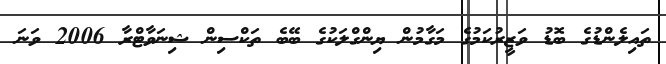
ތައިލެންޑުގެ ބޮޑު ވަޒީރުކަމުގެ މަގާމުން ޔިންގްލަކުގެ ބޭބެ ތަކްސިން ޝިނަވާޓްރާ 2006 ވަނަ